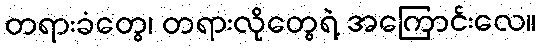
တရားခံတွေ၊ တရားလိုတွေရဲ့ အကြောင်းလေ။